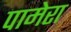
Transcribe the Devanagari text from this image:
पामेरा